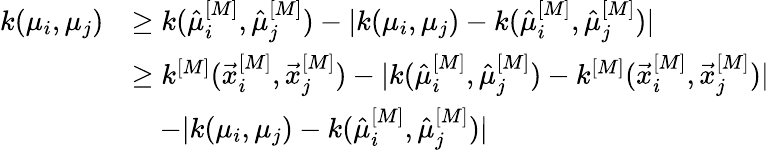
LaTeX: \begin{array}{rl}{k(\mu_{i},\mu_{j})}&{\geq k(\hat{\mu}_{i}^{[M]},\hat{\mu}_{j}^{[M]})-|k(\mu_{i},\mu_{j})-k(\hat{\mu}_{i}^{[M]},\hat{\mu}_{j}^{[M]})|}\\ &{\geq k^{[M]}(\vec{x}_{i}^{[M]},\vec{x}_{j}^{[M]})-|k(\hat{\mu}_{i}^{[M]},\hat{\mu}_{j}^{[M]})-k^{[M]}(\vec{x}_{i}^{[M]},\vec{x}_{j}^{[M]})|}\\ &{\quad-|k(\mu_{i},\mu_{j})-k(\hat{\mu}_{i}^{[M]},\hat{\mu}_{j}^{[M]})|}\end{array}